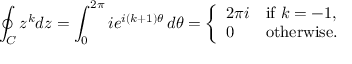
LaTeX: \oint _ { C } z ^ { k } d z = \int _ { 0 } ^ { 2 \pi } i e ^ { i ( k + 1 ) \theta } \, d \theta = { \left\{ \begin{array} { l l } { 2 \pi i } & { { \mathrm { i f ~ } } k = - 1 , } \\ { 0 } & { { \mathrm { o t h e r w i s e } } . } \end{array} \right. }